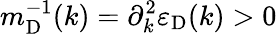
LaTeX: m_{\mathrm{D}}^{-1}(k)=\partial_{k}^{2}\varepsilon_{\mathrm{D}}(k)>0